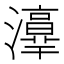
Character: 𤂸